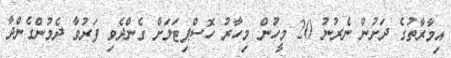
އިމާރާތުގެ ދަށުން ނެރުނު 20 މީހުން މިހާރު ހޮސްޕިޓަލަށް ގެންދެވި ފަރުވާ ދެމުންގެންދާ